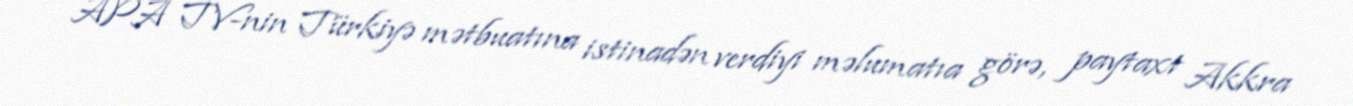
APA TV-nin Türkiyə mətbuatına istinadən verdiyi məlumatıa görə, paytaxt Akkra